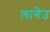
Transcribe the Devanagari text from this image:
लागेउ